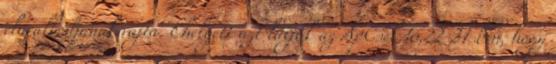
eluralkodjanak rajta. Ehelyett azt látjuk az ApCsel 16,22-31-ben, hogy